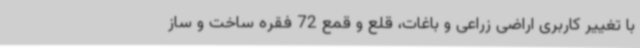
با تغییر کاربری اراضی زراعی و باغات، قلع و قمع 72 فقره ساخت و ساز